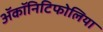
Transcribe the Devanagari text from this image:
ॲकॉनिटिफोलिया